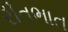
રીતભાત